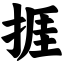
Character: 捱